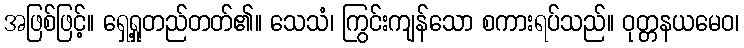
အဖြစ်ဖြင့်။ ရှေ့ရှုတည်တတ်၏။ သေသံ၊ ကြွင်းကျန်သော စကားရပ်သည်။ ဝုတ္တနယမေဝ၊